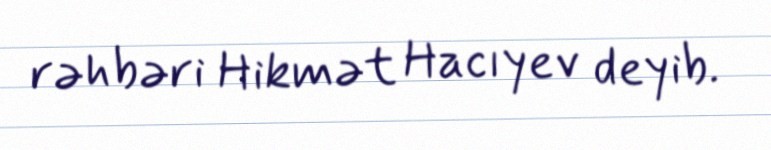
rəhbəri Hikmət Hacıyev deyib.